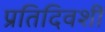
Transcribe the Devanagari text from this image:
प्रतिदिवशीं